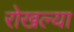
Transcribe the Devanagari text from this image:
रोखल्या